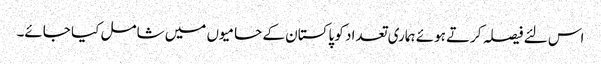
اس لئے فیصلہ کرتے ہوئے ہماری تعداد کو پاکستان کے حامیوں میں شامل کیا جائے۔